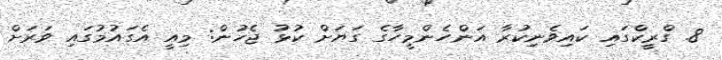
8. ގްރީކްގައި ކައިވެނިކުރާ އަންހެންމީހާގެ ގަޔަށް ކުޅު ޖެހުން: މިއީ އެގައުމުގައި ވަރަށް